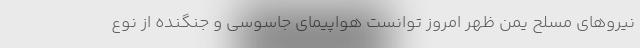
نیروهای مسلح یمن ظهر امروز توانست هواپیمای جاسوسی و جنگنده از نوع